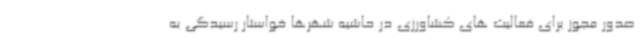
صدور مجوز برای فعالیت های کشاورزی در حاشیه شهرها خواستار رسیدگی به